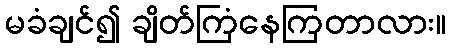
မခံချင်၍ ချိတ်ကြံနေကြတာလား။